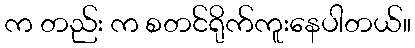
က တည်း က စတင်ရိုက်ကူးနေပါတယ်။